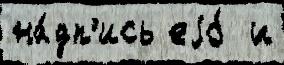
на́дп'ись еjо́  и